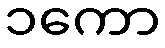
၁ကော